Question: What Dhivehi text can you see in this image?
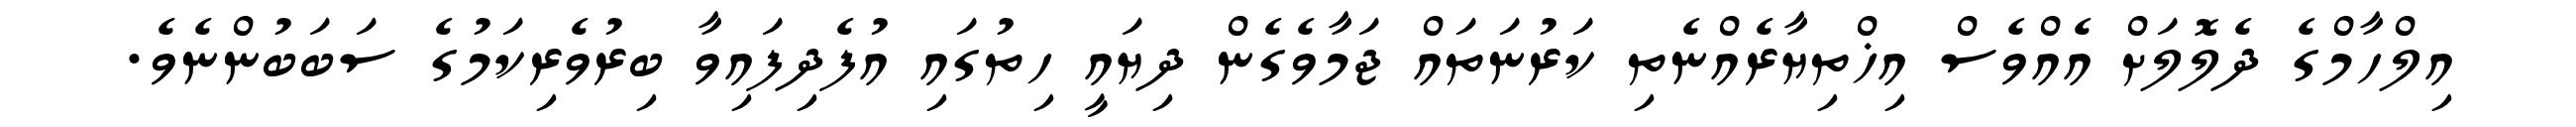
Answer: އިލްހާމްގެ ދެލޮލަށް އެއްވެސް އިޚްތިޔާރެއްނެތި ކަރުނަތައް ޖަމާވެގެން ދިޔައީ ހިތުގައި އުފެދިފައިވާ ބިރުވެރިކަމުގެ ސަބަބުންނެވެ.